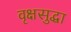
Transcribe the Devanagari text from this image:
वृक्षसुद्धा